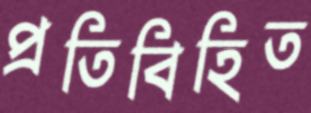
প্রতিবিহিত